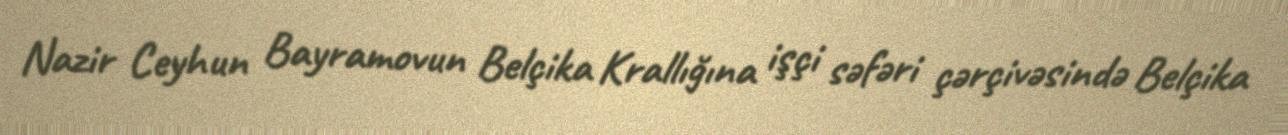
Nazir Ceyhun Bayramovun Belçika Krallığına işçi səfəri çərçivəsində Belçika